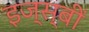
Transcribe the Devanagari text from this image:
इज्स्बीं